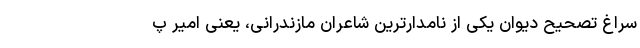
سراغ تصحیح دیوان یکی از نامدارترین شاعرانِ مازندرانی، یعنی امیر پ